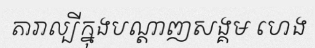
តារាល្បីក្នុងបណ្តាញសង្គម ហេង